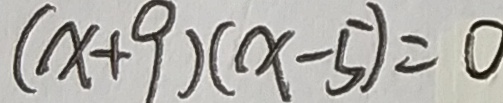
( x + 9 ) ( x - 5 ) = 0